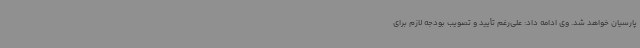
پارسیان خواهد شد. وی ادامه داد: علی‌رغم تأیید و تصویب بودجه لازم برای